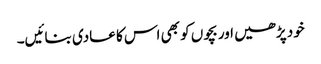
خود پڑھیں اور بچوں کو بھی اس کا عادی بنائیں۔